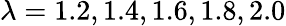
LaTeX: \lambda=1.2,1.4,1.6,1.8,2.0